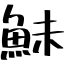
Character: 鮇